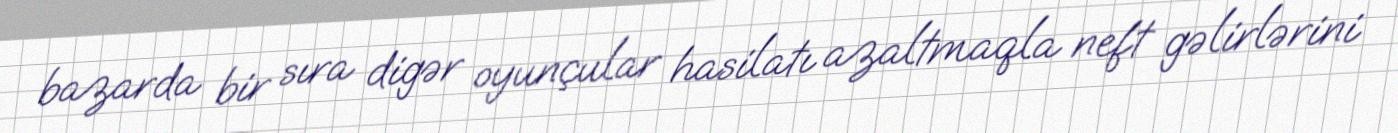
bazarda bir sıra digər oyunçular hasilatı azaltmaqla neft gəlirlərini